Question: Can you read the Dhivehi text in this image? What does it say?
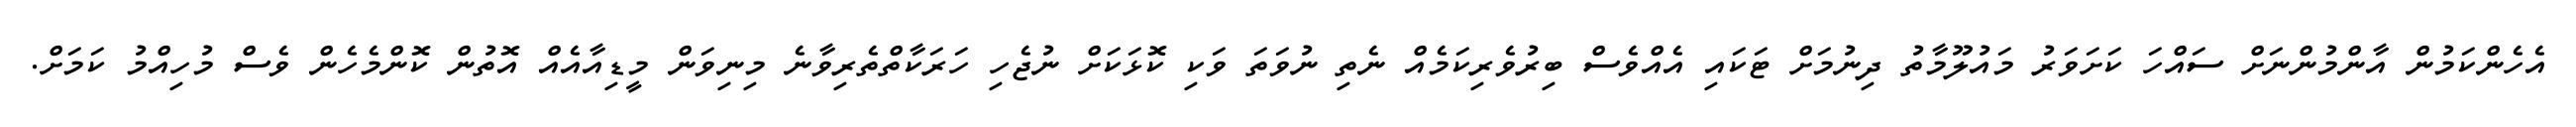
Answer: އެހެންކަމުން އާންމުންނަށް ސައްހަ ކަށަވަރު މައުލޫމާތު ދިނުމަށް ޓަކައި އެއްވެސް ބިރުވެރިކަމެއް ނެތި ނުވަތަ ވަކި ކޮޅަކަށް ނުޖެހި ހަރަކާތްތެރިވާނެ މިނިވަން މީޑިއާއެއް އޮތުން ކޮންމެހެން ވެސް މުހިއްމު ކަމަށް.